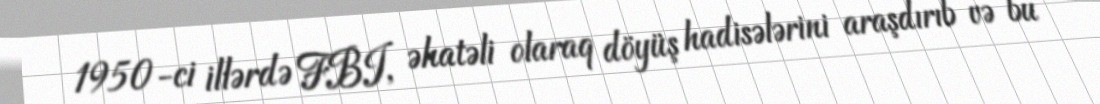
1950-ci illərdə FBI, əhatəli olaraq döyüş hadisələrini araşdırıb və bu